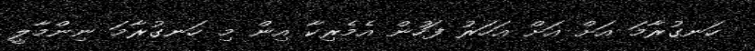
ހަނގުރާމަ އަށް އަށް އަހަރު ފަހުން އެމެރިކާ އިން މި ހަނގުރާމަ ނިންމާލީ